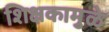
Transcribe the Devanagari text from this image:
शिक्षकामुळे